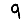
Digit: 9